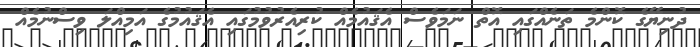
ދުނިޔޭގެ ކޮންމެ ތަނެއްގައި އޮތް ނަމަވެސް އެޤައުމެއް ކުރިއެރުވުމުގައި އެޤައުމުގެ އަމިއްލަ ވިސްނުމެއް